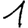
Digit: 1